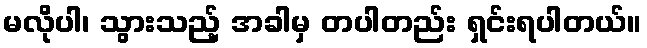
မလိုပါ၊ သွားသည့် အခါမှ တပါတည်း ရှင်းရပါတယ်။